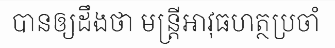
បានឲ្យដឹងថា មន្ត្រីអាវុធហត្ថប្រចាំ